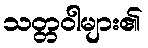
သတ္တဝါများ၏